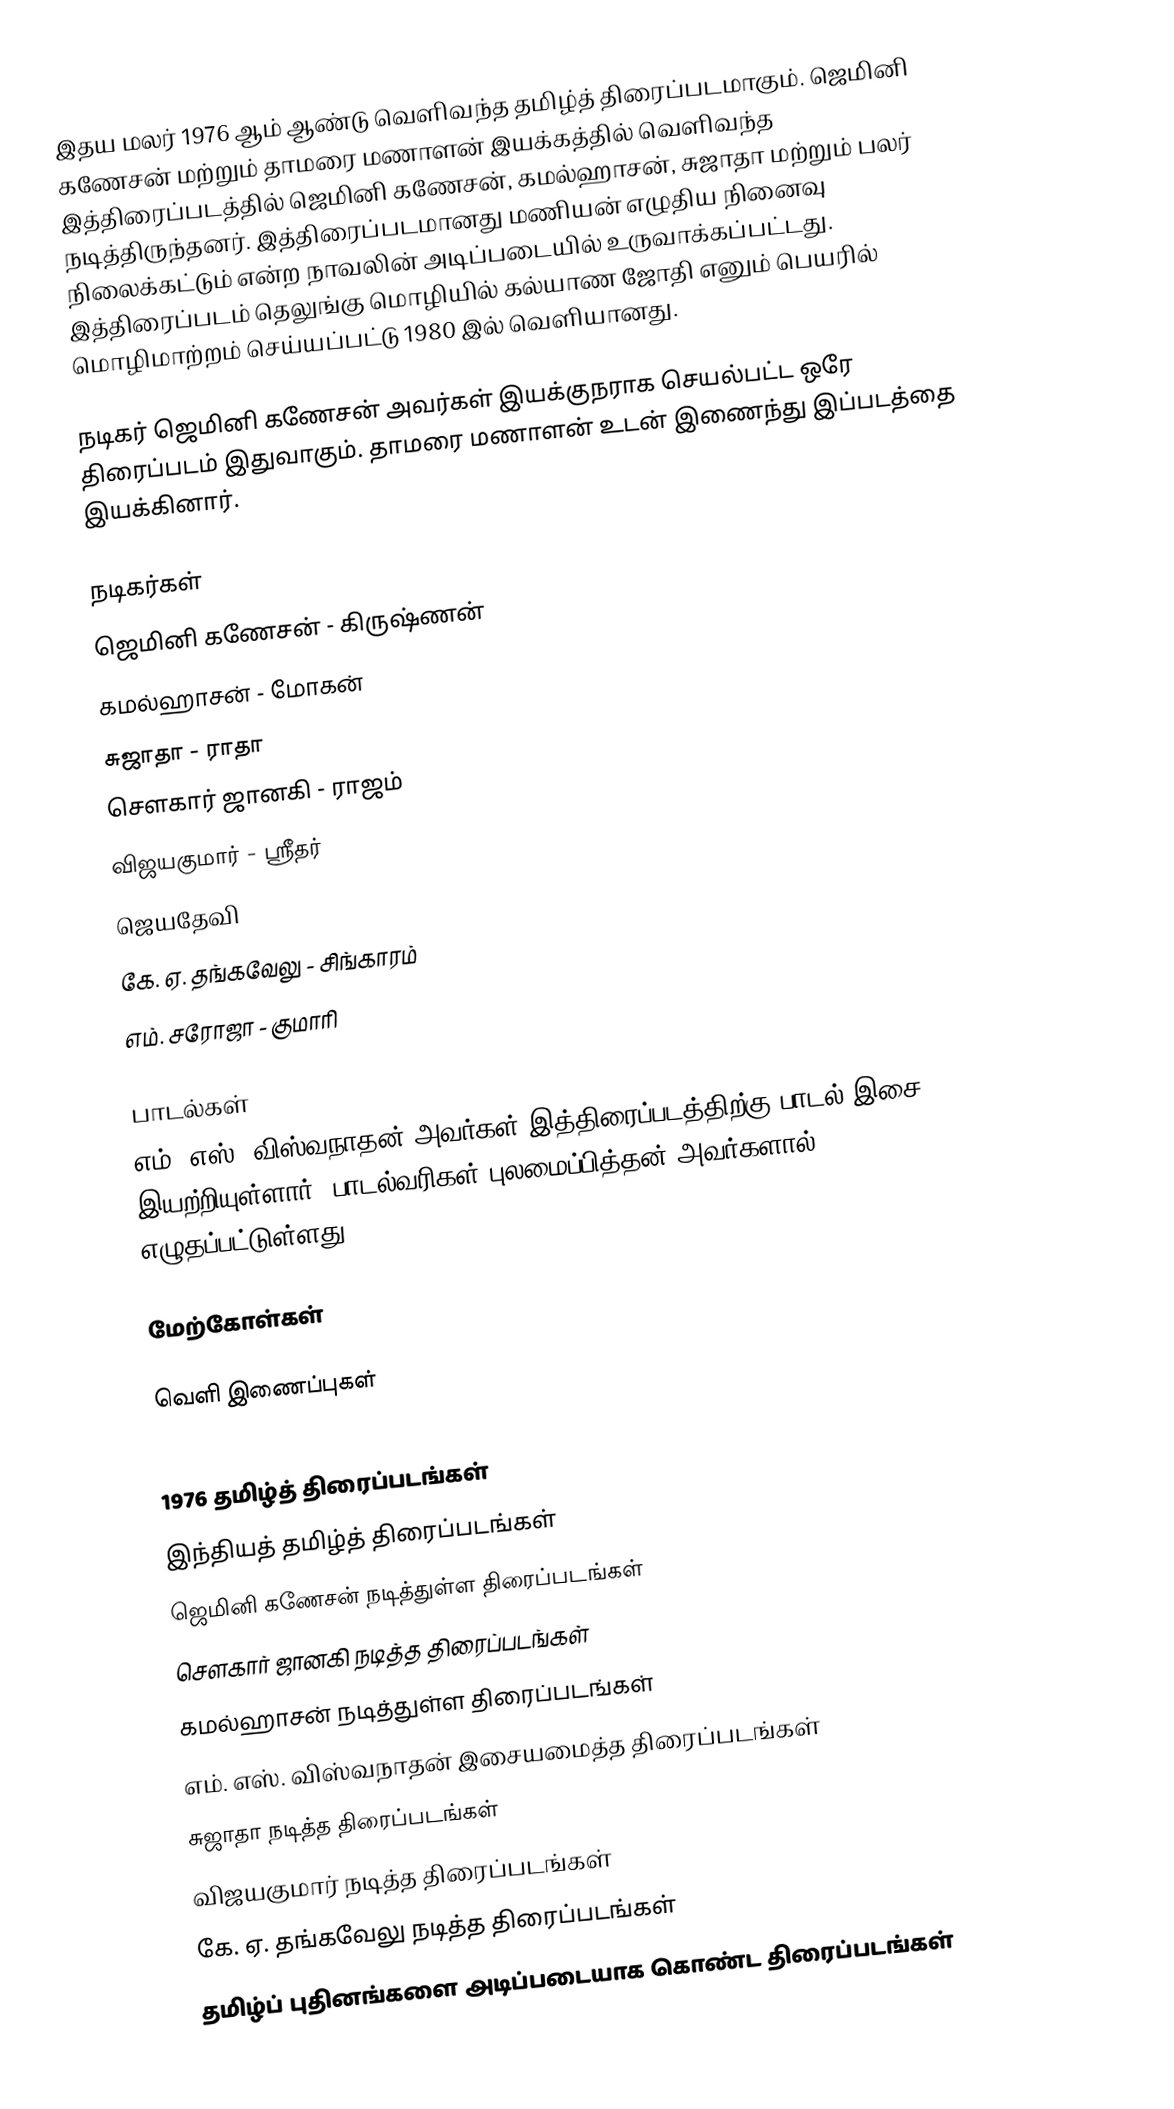
இதய மலர் 1976 ஆம் ஆண்டு வெளிவந்த தமிழ்த் திரைப்படமாகும். ஜெமினி கணேசன் மற்றும் தாமரை மணாளன் இயக்கத்தில் வெளிவந்த இத்திரைப்படத்தில் ஜெமினி கணேசன், கமல்ஹாசன்,  சுஜாதா மற்றும் பலர் நடித்திருந்தனர். இத்திரைப்படமானது மணியன் எழுதிய நினைவு நிலைக்கட்டும் என்ற நாவலின் அடிப்படையில் உருவாக்கப்பட்டது. இத்திரைப்படம் தெலுங்கு மொழியில் கல்யாண ஜோதி எனும் பெயரில் மொழிமாற்றம் செய்யப்பட்டு 1980 இல் வெளியானது.

நடிகர் ஜெமினி கணேசன் அவர்கள் இயக்குநராக செயல்பட்ட ஒரே திரைப்படம் இதுவாகும். தாமரை மணாளன் உடன் இணைந்து இப்படத்தை இயக்கினார்.

நடிகர்கள்
 ஜெமினி கணேசன் - கிருஷ்ணன்
 கமல்ஹாசன் - மோகன்
 சுஜாதா - ராதா
 சௌகார் ஜானகி - ராஜம்
 விஜயகுமார் - ஸ்ரீதர்
 ஜெயதேவி
 கே. ஏ. தங்கவேலு - சிங்காரம்
 எம். சரோஜா - குமாரி

பாடல்கள்
எம். எஸ். விஸ்வநாதன் அவர்கள் இத்திரைப்படத்திற்கு பாடல் இசை இயற்றியுள்ளார். பாடல்வரிகள் புலமைப்பித்தன் அவர்களால் எழுதப்பட்டுள்ளது.

மேற்கோள்கள்

வெளி இணைப்புகள்

1976 தமிழ்த் திரைப்படங்கள்
இந்தியத் தமிழ்த் திரைப்படங்கள்
ஜெமினி கணேசன் நடித்துள்ள திரைப்படங்கள்
சௌகார் ஜானகி நடித்த திரைப்படங்கள்
கமல்ஹாசன் நடித்துள்ள திரைப்படங்கள்
எம். எஸ். விஸ்வநாதன் இசையமைத்த திரைப்படங்கள்
சுஜாதா நடித்த திரைப்படங்கள்
விஜயகுமார் நடித்த திரைப்படங்கள்
கே. ஏ. தங்கவேலு நடித்த திரைப்படங்கள்
தமிழ்ப் புதினங்களை அடிப்படையாக கொண்ட திரைப்படங்கள்